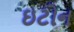
ઇટોન